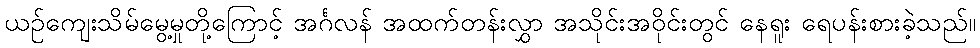
ယဉ်ကျေးသိမ်မွေ့မှုတို့ကြောင့် အင်္ဂလန် အထက်တန်းလွှာ အသိုင်းအဝိုင်းတွင် နေရူး ရေပန်းစားခဲ့သည်။